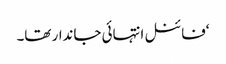
‘فائنل انتہائی جاندار تھا۔